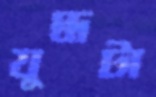
যুদ্ধটা